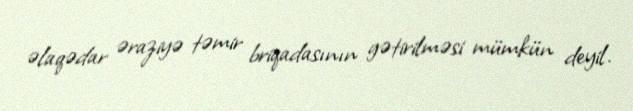
əlaqədar əraziyə təmir briqadasının gətirilməsi mümkün deyil.